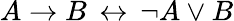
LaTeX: A\to B\, \leftrightarrow\, \neg A\lor B